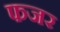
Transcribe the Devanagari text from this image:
फजर